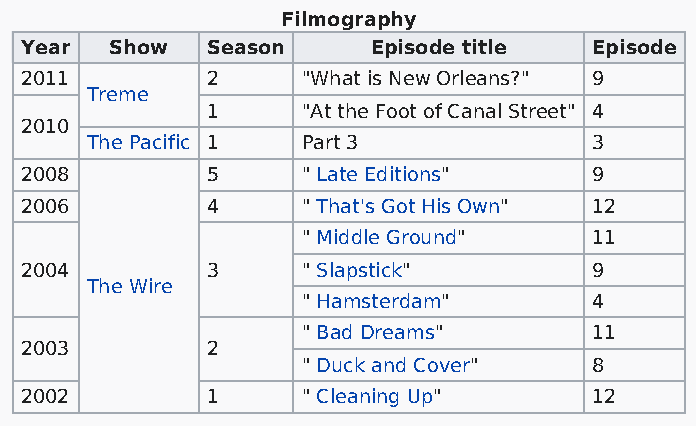
Filmography
 Year  Show   Season     Episode title Episode
 2011         2     "What is New Orleans?" 9
 Treme
 1     "At the Foot of Canal Street" 4
 2010
 The Pacific 1 Part 3             3
 2008         5     " Late Editions"   9
 2006         4     " That's Got His Own" 12
 " Middle Ground"   11
 2004         3     " Slapstick"       9
 The Wire
 " Hamsterdam"      4
 " Bad Dreams"      11
 2003         2
 " Duck and Cover"  8
 2002         1     " Cleaning Up"     12